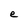
Character: e